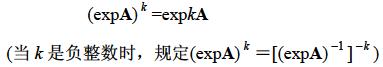
$(\exp\mathbf{A})^k =\exp k\mathbf{A}$

(当 $k$ 是负整数时，规定 $(\exp\mathbf{A})^k = [(\exp\mathbf{A})^{-1}]^{-k}$)